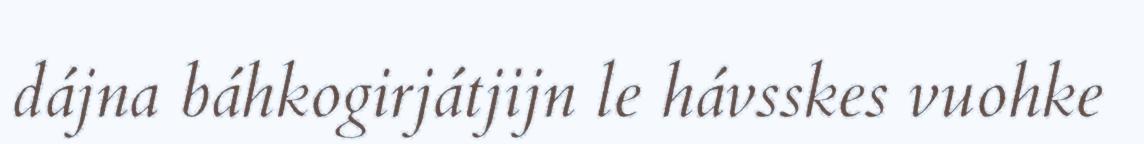
dájna báhkogirjátjijn le hávsskes vuohke